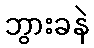
ဘွားခနဲ